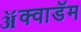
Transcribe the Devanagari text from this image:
ॲक्वाडॅम